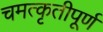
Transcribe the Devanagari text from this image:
चमत्कृतीपूर्ण